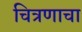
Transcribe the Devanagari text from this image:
चित्रणाचा